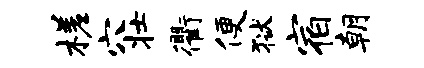
槎穴壮衢便狱宿朝